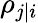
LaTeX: \rho_{j|i}